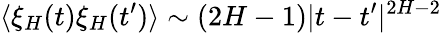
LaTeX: \langle\xi_{H}(t)\xi_{H}(t^{\prime})\rangle\sim(2H-1)|t-t^{\prime}|^{2H-2}